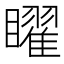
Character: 矅